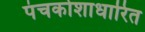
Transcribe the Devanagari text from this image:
पंचकोशाधारित